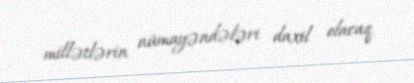
millətlərin nümayəndələri daxil olacaq.